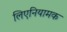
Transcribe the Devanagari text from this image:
लिएनियामक